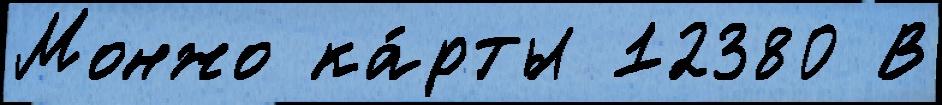
Монжо ка́рты 12380 В